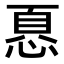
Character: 𢝊